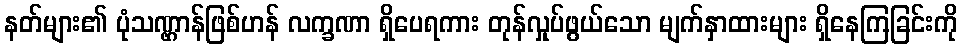
နတ်များ၏ ပုံသဏ္ဌာန်ဖြစ်ဟန် လက္ခဏာ ရှိပေရကား တုန်လှုပ်ဖွယ်သော မျက်နှာထားများ ရှိနေကြခြင်းကို